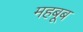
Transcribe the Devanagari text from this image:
महबूब